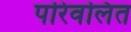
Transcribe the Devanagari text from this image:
परिवलित